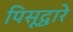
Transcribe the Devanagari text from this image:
पिसूद्वारे